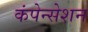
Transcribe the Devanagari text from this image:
कंपेन्सेशन